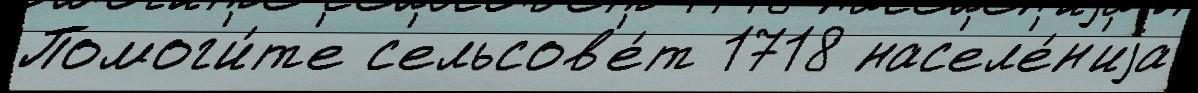
Помог'и́т'е с'ельсов'е́т 1718 нас'ел'е́н'иjа